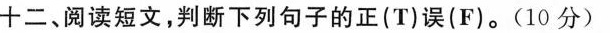
十二、阅读短文,判断下列句子的正(T)误(F)。(10 分)